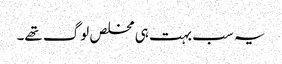
یہ سب بہت ہی مخلص لوگ تھے۔